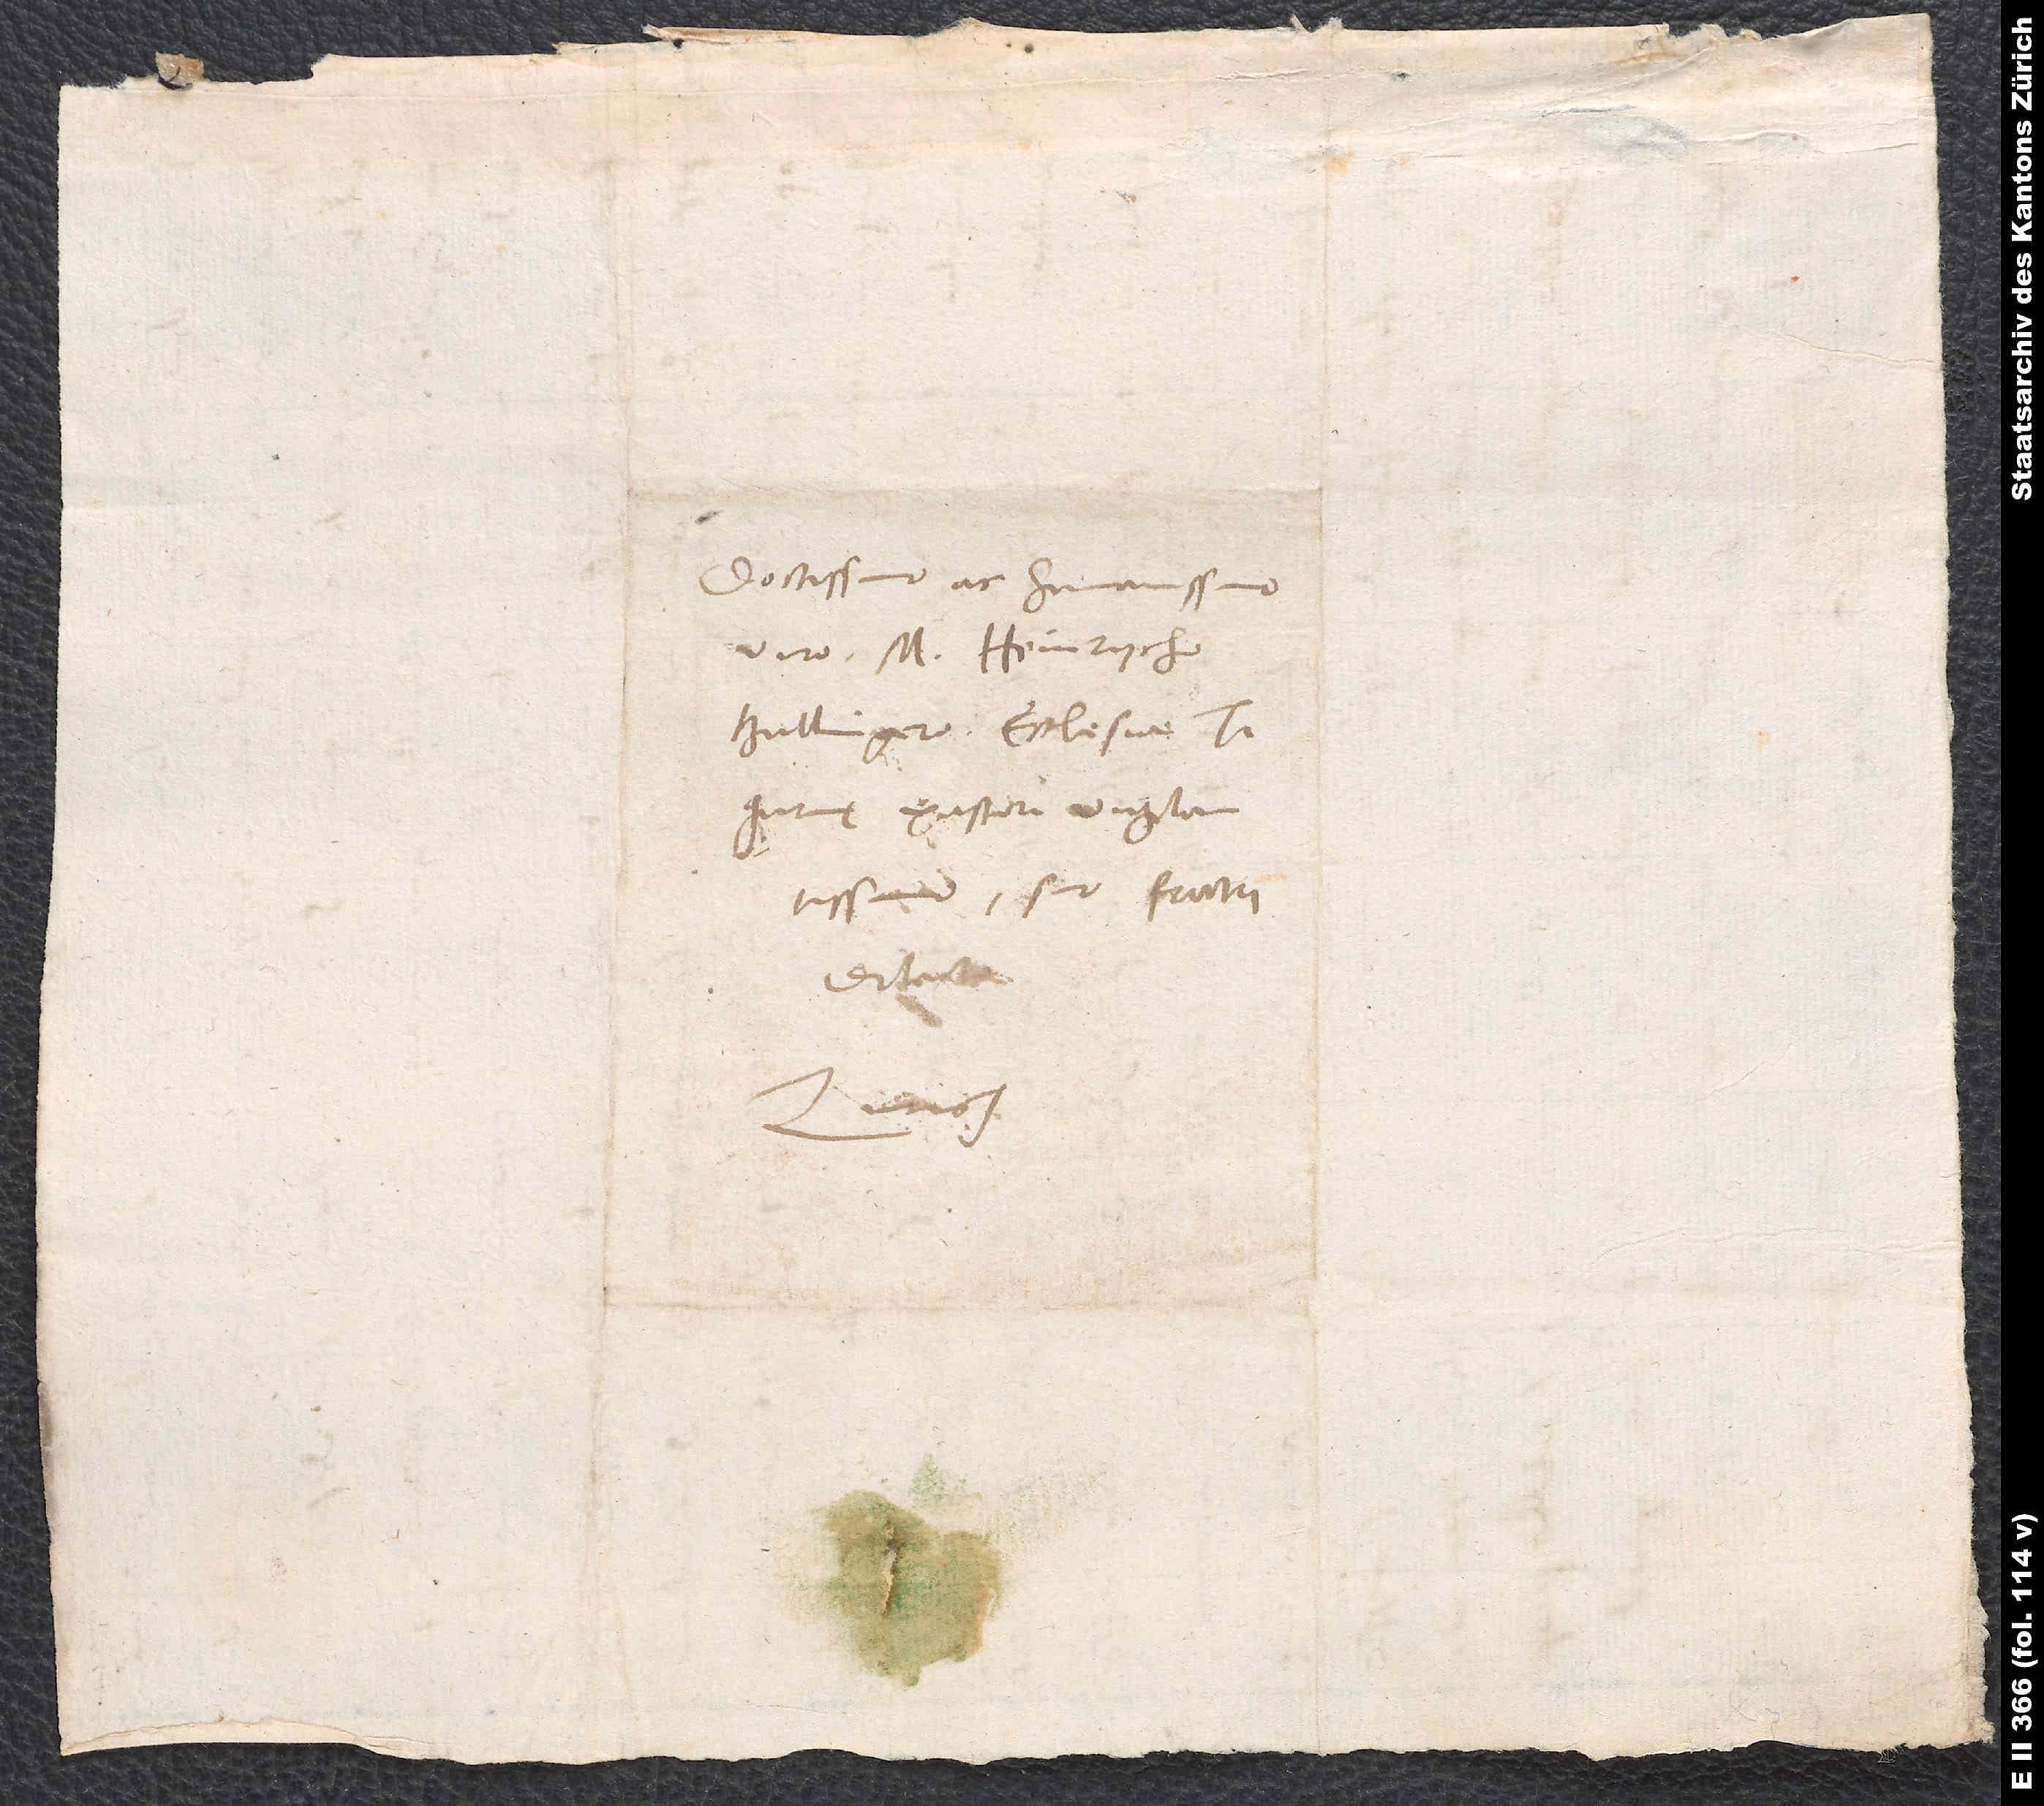
Doctissimo ac humanissimo
viro m. Heinrycho
Bullingero, ecclesiae
Tigurinę pastori vigilantissimo,
suo fratri
dilecto.
Zurich.